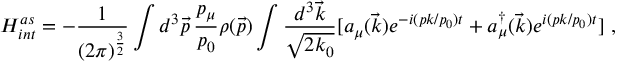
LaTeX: H _ { i n t } ^ { a s } = - { \displaystyle \frac { 1 } { ( 2 \pi ) ^ { \frac { 3 } { 2 } } } } \int d ^ { 3 } \vec { p } \, \frac { p _ { \mu } } { p _ { 0 } } \rho ( \vec { p } ) \int \frac { d ^ { 3 } \vec { k } } { \sqrt { 2 k _ { 0 } } } [ a _ { \mu } ( \vec { k } ) e ^ { - i ( p k / p _ { 0 } ) t } + a _ { \mu } ^ { \dagger } ( \vec { k } ) e ^ { i ( p k / p _ { 0 } ) t } ] \, \, ,